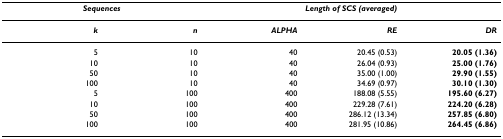
<table><thead><tr><td colspan="2"><b><i>Sequences</i></b></td><td colspan="3"><b><i>Length of SCS (averaged)</i></b></td></tr></thead><tbody><tr><td><b><i>k</i></b></td><td><b><i>n</i></b></td><td><b><i>ALPHA</i></b></td><td><b><i>RE</i></b></td><td><b><i>DR</i></b></td></tr><tr><td>5</td><td>10</td><td>40</td><td>20.45 (0.53)</td><td><b>20.05 (1.36)</b></td></tr><tr><td>10</td><td>10</td><td>40</td><td>26.04 (0.93)</td><td><b>25.00 (1.76)</b></td></tr><tr><td>50</td><td>10</td><td>40</td><td>35.00 (1.00)</td><td><b>29.90 (1.55)</b></td></tr><tr><td>100</td><td>10</td><td>40</td><td>34.69 (0.97)</td><td><b>30.10 (1.30)</b></td></tr><tr><td>5</td><td>100</td><td>400</td><td>188.08 (5.55)</td><td><b>195.60 (6.27)</b></td></tr><tr><td>10</td><td>100</td><td>400</td><td>229.28 (7.61)</td><td><b>224.20 (6.28)</b></td></tr><tr><td>50</td><td>100</td><td>400</td><td>286.12 (13.34)</td><td><b>257.85 (6.80)</b></td></tr><tr><td>100</td><td>100</td><td>400</td><td>281.95 (10.86)</td><td><b>264.45 (6.86)</b></td></tr></tbody></table>